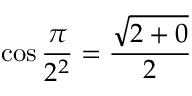
\cos { \frac { \pi } { 2 ^ { 2 } } } = { \frac { \sqrt { 2 + 0 } } { 2 } }